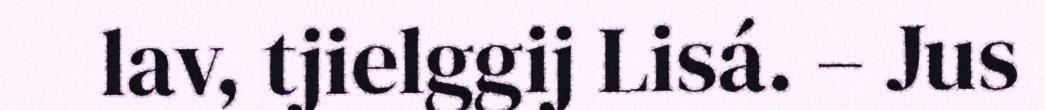
lav, tjielggij Lisá. – Jus